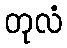
တုလံ